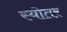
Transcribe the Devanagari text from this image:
स्योतर